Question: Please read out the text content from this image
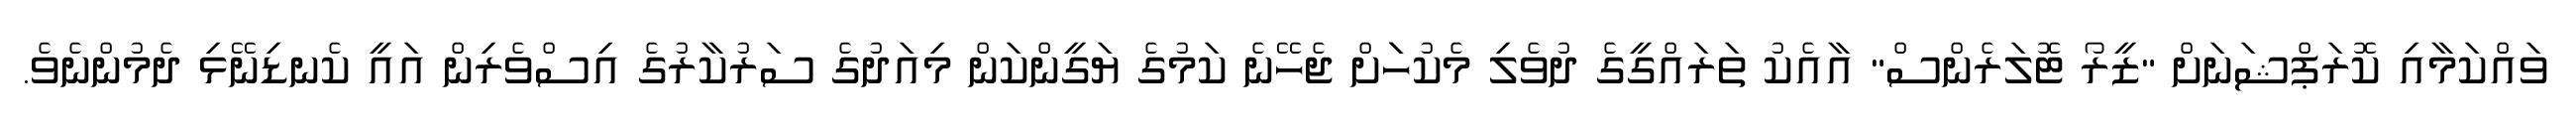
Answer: ވައްކަމާއި ކޮރަޕްޝަނަށް "ޒީރޯ ޓޮލަރެންސް" އާއެކު ތަރައްގީގެ ދުވެލި މެކުހަަށް ޖެހޭނެ ކަމުގެ ޔަގީންކަން މިއަދުގެ ސަރުކާރުގެ އިސްވެރިން އައީ ކެނޑިނޭޅި ދެމުންނެވެ.